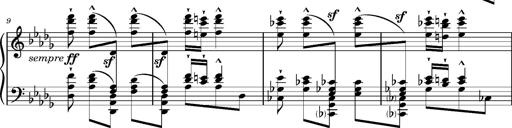
Title: Magyar Tempo
Composer: Franz Liszt
Key: D-flat major